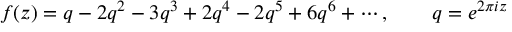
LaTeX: f ( z ) = q - 2 q ^ { 2 } - 3 q ^ { 3 } + 2 q ^ { 4 } - 2 q ^ { 5 } + 6 q ^ { 6 } + \cdots , \qquad q = e ^ { 2 \pi i z }